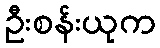
ဦးစန်းယုက